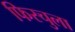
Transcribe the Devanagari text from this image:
फिस्‍चुला